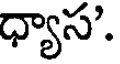
ధ్యాస'.